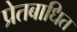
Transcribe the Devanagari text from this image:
प्रेतबाधित